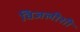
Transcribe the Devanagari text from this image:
विजलीशी